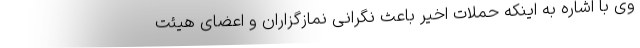
وی با اشاره به اینکه حملات اخیر باعث نگرانی نمازگزاران و اعضای هیئت